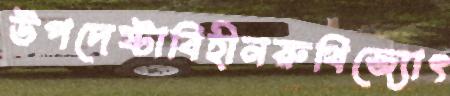
উপদেষ্টাবিহীনরুথিজ্যোৎ